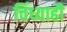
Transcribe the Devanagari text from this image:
चिंध्याही